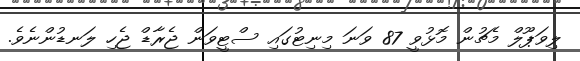
ލިވަޕޫލް މެޗުން މޮޅުވީ 87 ވަަނަ މިނިޓުގައި ސްޓީވަން ޖެރާޑް ޖެހި ލަނޑުންނެވެ.